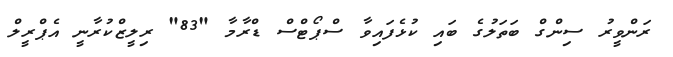
ރަންވީރު ސިންގް ބަތަލުގެ ބައި ކުޅެފައިވާ ސްޕޯޓްސް ޑްރާމާ "83" ރިލީޒްކުރާނީ އެޕްރީލް